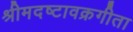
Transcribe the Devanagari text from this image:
श्रीमदष्टावक्रगीता